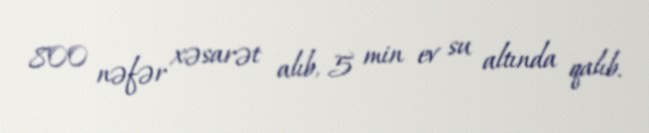
800 nəfər xəsarət alıb, 5 min ev su altında qalıb.